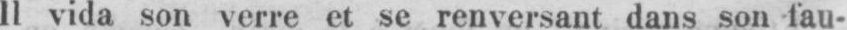
Il vida son verre et se renversant dans son fau-